Report on vaccination in Madras 1904-1921 - 1904-1921
Year: 1904
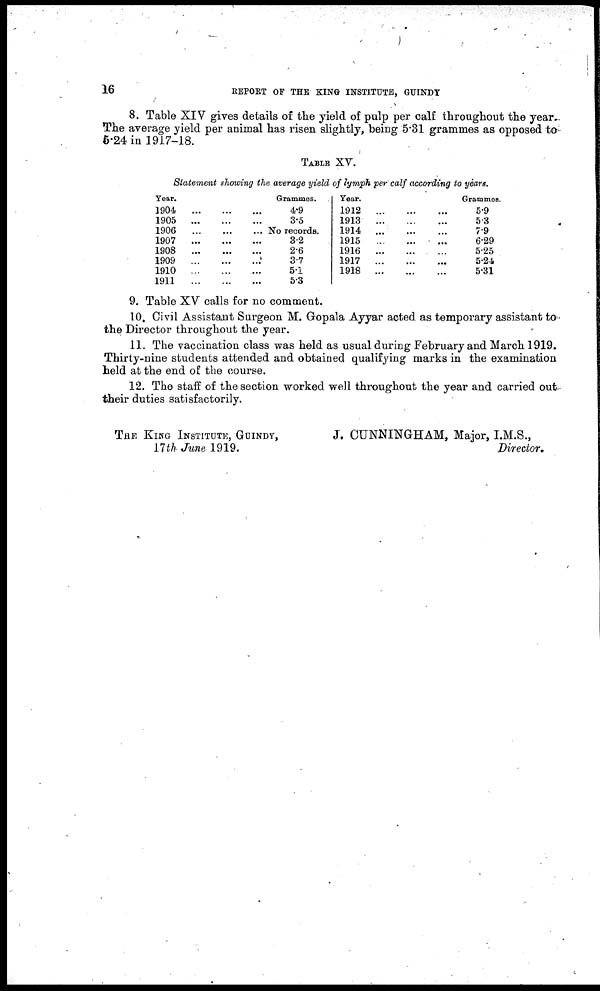
16
REPORT OF THE KING INSTITUTE, GUINDY
8. Table XIV gives details of the yield of pulp per calf throughout the year.
The average yield per animal has risen slightly, being 5.31 grammes as opposed to
5.24 in 1917-18.
TABLE XV.
Statement showing the average yield of lymph per calf according to years.
Year.
1904... ... ... ...
1905... ... ... ...
1906...
...
...
...
1907...
...
...
...
1908... ... ... ..
1909... ...
...
...
1910... ... ... ...
1911...
...
...
...
Grammes.
4.9
3.5
No records.
3.2
2.6
3.7
51
5.3
Year.
1912... .... ...
1913... ... ... ...
1914...
...
...
...
1915...
...
...
...
1916... ... ... ...
1917... .... ...
1918... ...
...
...
Grammes.
5.9
5.3
7.9
6.29
5.25
5.24
5.31
9. Table XV calls for no comment.
10. Civil Assistant Surgeon M. Gopala Ayyar acted as temporary assistant to
the Director throughout the year.
11. The vaccination class was held as usual during February and March 1919.
Thirty-nine students attended and obtained qualifying marks in the examination
held at the end of the course.
12. The staff of the section worked well throughout the year and carried out
their duties satisfactorily.
THE KING INSTITUTE, GUINDY,
J. CUNNINGHAM, Major, I.M.S.,
17th June 1919.
Director.